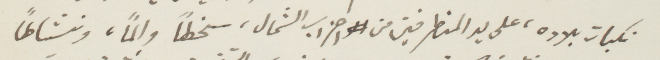
نكبات بلاده، على يد المتطرفين من احزاب الشمال، سخطًا والمًا، ونشاطًا